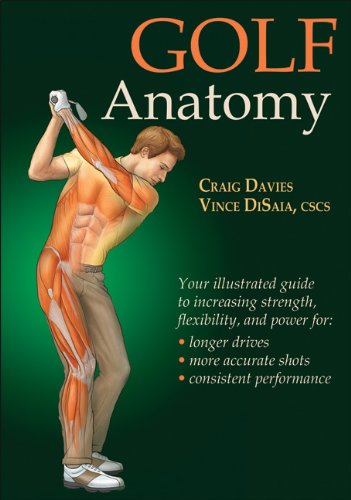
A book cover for Golf Anatomy; Craig Davies; Sports & Outdoors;